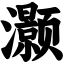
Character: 灏